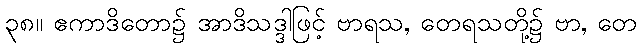
၃၈။ ဧကာဒိတော၌ အာဒိသဒ္ဒါဖြင့် ဗာရသ, တေရသတို့၌ ဗာ, တေ